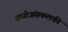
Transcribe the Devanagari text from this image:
अधोअंसफलकी